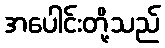
အပေါင်းတို့သည်